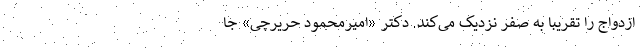
ازدواج را تقریباً به صفر نزدیک می‌کند. دکتر «امیرمحمود حریرچی» جا